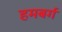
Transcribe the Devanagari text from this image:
हमबर्ग